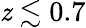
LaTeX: \mathit{z}\lesssim0.7